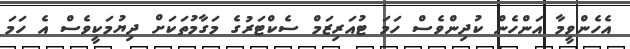
އެހެންވީމާ އަންހެން ކުދިންވެސް ހަމަ ޓުއަރިޒަމް ސެކްޓަރުގެ މަގާމުތަކަށް ދިޔުމަކީވެސް އެ ހަމަ